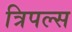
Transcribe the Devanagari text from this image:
त्रिपल्स